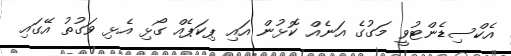
އެކްސިޑެންޓުވީ މަގުގެ އަނެއް ކޮޅުން އައި ޕިކަޕެއް ގޯޅި އެޅި ވަގުތު އޭގައި